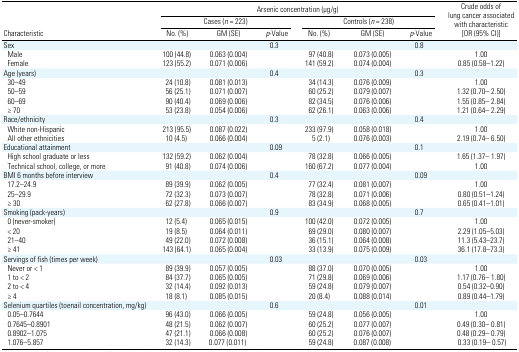
<table><thead><tr><td rowspan="3"><b>Characteristic</b></td><td colspan="6"><b>Arsenic concentration (μg/g)</b></td><td rowspan="3"><b>Crude odds of lung cancer associated with characteristic [OR (95% CI)]</b></td></tr><tr><td colspan="3"><b>Cases (<i>n</i> = 223)</b></td><td colspan="3"><b>Controls (<i>n</i> = 238)</b></td></tr><tr><td><b>No. (%)</b></td><td><b>GM (SE)</b></td><td><b><i>p</i>-Value</b></td><td><b>No. (%)</b></td><td><b>GM (SE)</b></td><td><b><i>p</i>-Value</b></td></tr></thead><tbody><tr><td>Sex</td><td></td><td></td><td>0.3</td><td></td><td></td><td>0.8</td><td></td></tr><tr><td> Male</td><td>100 (44.8)</td><td>0.063 (0.004)</td><td></td><td>97 (40.8)</td><td>0.073 (0.005)</td><td></td><td>1.00</td></tr><tr><td> Female</td><td>123 (55.2)</td><td>0.071 (0.006)</td><td></td><td>141 (59.2)</td><td>0.074 (0.004)</td><td></td><td>0.85 (0.58–1.22)</td></tr><tr><td>Age (years)</td><td></td><td></td><td>0.4</td><td></td><td></td><td>0.3</td><td></td></tr><tr><td> 30–49</td><td>24 (10.8)</td><td>0.081 (0.013)</td><td></td><td>34 (14.3)</td><td>0.076 (0.009)</td><td></td><td>1.00</td></tr><tr><td> 50–59</td><td>56 (25.1)</td><td>0.071 (0.007)</td><td></td><td>60 (25.2)</td><td>0.079 (0.007)</td><td></td><td>1.32 (0.70– 2.50)</td></tr><tr><td> 60–69</td><td>90 (40.4)</td><td>0.069 (0.006)</td><td></td><td>82 (34.5)</td><td>0.076 (0.006)</td><td></td><td>1.55 (0.85– 2.84)</td></tr><tr><td> ≥ 70</td><td>53 (23.8)</td><td>0.054 (0.006)</td><td></td><td>62 (26.1)</td><td>0.063 (0.006)</td><td></td><td>1.21 (0.64– 2.29)</td></tr><tr><td>Race/ethnicity</td><td></td><td></td><td>0.3</td><td></td><td></td><td>0.4</td><td></td></tr><tr><td> White non-Hispanic</td><td>213 (95.5)</td><td>0.087 (0.022)</td><td></td><td>233 (97.9)</td><td>0.058 (0.018)</td><td></td><td>1.00</td></tr><tr><td> All other ethnicities</td><td>10 (4.5)</td><td>0.066 (0.004)</td><td></td><td>5 (2.1)</td><td>0.076 (0.003)</td><td></td><td>2.19 (0.74– 6.50)</td></tr><tr><td>Educational attainment</td><td></td><td></td><td>0.09</td><td></td><td></td><td>0.1</td><td></td></tr><tr><td> High school graduate or less</td><td>132 (59.2)</td><td>0.062 (0.004)</td><td></td><td>78 (32.8)</td><td>0.066 (0.005)</td><td></td><td>1.65 (1.37– 1.97)</td></tr><tr><td> Technical school, college, or more</td><td>91 (40.8)</td><td>0.074 (0.006)</td><td></td><td>160 (67.2)</td><td>0.077 (0.004)</td><td></td><td>1.00</td></tr><tr><td>BMI 6 months before interview</td><td></td><td></td><td>0.4</td><td></td><td></td><td>0.09</td><td></td></tr><tr><td> 17.2–24.9</td><td>89 (39.9)</td><td>0.062 (0.005)</td><td></td><td>77 (32.4)</td><td>0.081 (0.007)</td><td></td><td>1.00</td></tr><tr><td> 25–29.9</td><td>72 (32.3)</td><td>0.073 (0.007)</td><td></td><td>78 (32.8)</td><td>0.071 (0.006)</td><td></td><td>0.80 (0.51–1.24)</td></tr><tr><td> ≥ 30</td><td>62 (27.8)</td><td>0.066 (0.007)</td><td></td><td>83 (34.9)</td><td>0.068 (0.005)</td><td></td><td>0.65 (0.41–1.01)</td></tr><tr><td>Smoking (pack-years)</td><td></td><td></td><td>0.9</td><td></td><td></td><td>0.7</td><td></td></tr><tr><td> 0 (never-smoker)</td><td>12 (5.4)</td><td>0.065 (0.015)</td><td></td><td>100 (42.0)</td><td>0.072 (0.005)</td><td></td><td>1.00</td></tr><tr><td> &lt; 20</td><td>19 (8.5)</td><td>0.064 (0.011)</td><td></td><td>69 (29.0)</td><td>0.080 (0.007)</td><td></td><td>2.29 (1.05–5.03)</td></tr><tr><td> 21–40</td><td>49 (22.0)</td><td>0.072 (0.008)</td><td></td><td>36 (15.1)</td><td>0.064 (0.008)</td><td></td><td>11.3 (5.43–23.7)</td></tr><tr><td> ≥ 41</td><td>143 (64.1)</td><td>0.065 (0.004)</td><td></td><td>33 (13.9)</td><td>0.075 (0.009)</td><td></td><td>36.1 (17.8–73.3)</td></tr><tr><td>Servings of fish (times per week)</td><td></td><td></td><td>0.03</td><td></td><td></td><td>0.03</td><td></td></tr><tr><td> Never or &lt; 1</td><td>89 (39.9)</td><td>0.057 (0.005)</td><td></td><td>88 (37.0)</td><td>0.070 (0.005)</td><td></td><td>1.00</td></tr><tr><td> 1 to &lt; 2</td><td>84 (37.7)</td><td>0.065 (0.005)</td><td></td><td>71 (29.8)</td><td>0.069 (0.006)</td><td></td><td>1.17 (0.76– 1.80)</td></tr><tr><td> 2 to &lt; 4</td><td>32 (14.4)</td><td>0.092 (0.013)</td><td></td><td>59 (24.8)</td><td>0.079 (0.007)</td><td></td><td>0.54 (0.32–0.90)</td></tr><tr><td> ≥ 4</td><td>18 (8.1)</td><td>0.085 (0.015)</td><td></td><td>20 (8.4)</td><td>0.088 (0.014)</td><td></td><td>0.89 (0.44–1.79)</td></tr><tr><td>Selenium quartiles (toenail concentration, mg/kg)</td><td></td><td></td><td>0.6</td><td></td><td></td><td>0.01</td><td></td></tr><tr><td> 0.05–0.7644</td><td>96 (43.0)</td><td>0.066 (0.005)</td><td></td><td>59 (24.8)</td><td>0.056 (0.005)</td><td></td><td>1.00</td></tr><tr><td> 0.7645–0.8901</td><td>48 (21.5)</td><td>0.062 (0.007)</td><td></td><td>60 (25.2)</td><td>0.077 (0.007)</td><td></td><td>0.49 (0.30– 0.81)</td></tr><tr><td> 0.8902–1.075</td><td>47 (21.1)</td><td>0.066 (0.008)</td><td></td><td>60 (25.2)</td><td>0.076 (0.007)</td><td></td><td>0.48 (0.29– 0.79)</td></tr><tr><td> 1.076–5.857</td><td>32 (14.3)</td><td>0.077 (0.011)</td><td></td><td>59 (24.8)</td><td>0.087 (0.008)</td><td></td><td>0.33 (0.19– 0.57)</td></tr></tbody></table>